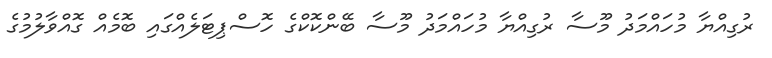
ރުގިއްޔާ މުހައްމަދު މޫސާ ރުގިއްޔާ މުހައްމަދު މޫސާ ބޭންކޮކްގެ ހޮސްޕިޓަލެއްގައި ބޮމެއް ގޮއްވާލުމުގެ